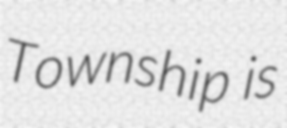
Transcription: Township is